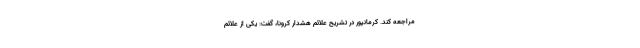
مراجعه کند. کرمانپور در تشریح علائم هشدار کرونا، گفت: یکی از علائم